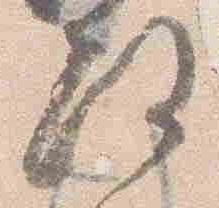
政